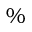
\%